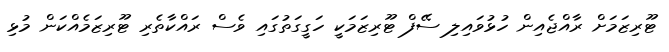
ޓޫރިޒަމަށް ރާއްޖެއިން ހުޅުވައިލި ސޭފް ޓޫރިޒަމަކީ ހަގީގަތުގައި ވެސް ރައްކާތެރި ޓޫރިޒަމެެއްކަން މުޅި